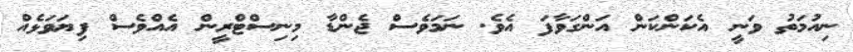
ނިއުމަތު ވަނީ އެކަންކަން އަންގަވާފަ އެވެ. ނަމަވެސް ޖެންޑާ މިނިސްޓްރީން އެއްވެސް ފިޔަވަޅެއް